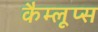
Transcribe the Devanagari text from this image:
कैम्लूप्स